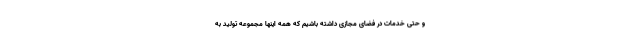
و حتی خدمات در فضای مجازی داشته باشیم که همه اینها مجموعه تولید به